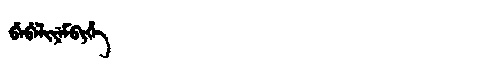
Manchu: ᠪᡝᠪᡝᠯᡳᠶᡝᠮᠪᡳᡥᡝ
Romanization: BEBELIYEMBIHE